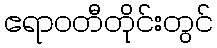
ဧရာဝတီတိုင်းတွင်